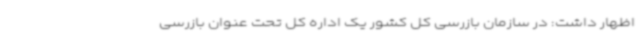
اظهار داشت: در سازمان بازرسی کل کشور یک اداره کل تحت عنوان بازرسی